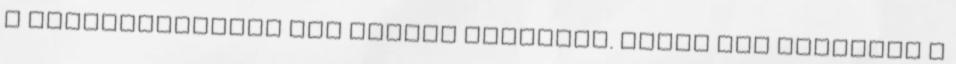
a mesekarakterek nem tudják elhagyni. Henry nem létezett a